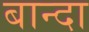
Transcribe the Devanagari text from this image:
बान्दा